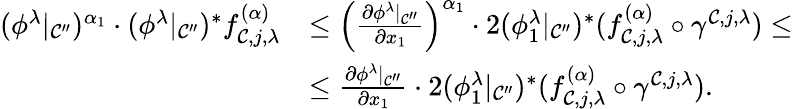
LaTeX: \begin{array}{rl}{(\phi^{\lambda}|_{\mathcal{C}^{\prime\prime}})^{\alpha_{1}}\cdot(\phi^{\lambda}|_{\mathcal{C}^{\prime\prime}})^{*}f_{\mathcal{C},j,\lambda}^{(\alpha)}}&{\leq\left(\frac{\partial\phi^{\lambda}|_{\mathcal{C}^{\prime\prime}}}{\partial x_{1}}\right)^{\alpha_{1}}\cdot 2(\phi_{1}^{\lambda}|_{\mathcal{C}^{\prime\prime}})^{*}(f_{\mathcal{C},j,\lambda}^{(\alpha)}\circ\gamma^{\mathcal{C},j,\lambda})\leq}\\ &{\leq\frac{\partial\phi^{\lambda}|_{\mathcal{C}^{\prime\prime}}}{\partial x_{1}}\cdot 2(\phi_{1}^{\lambda}|_{\mathcal{C}^{\prime\prime}})^{*}(f_{\mathcal{C},j,\lambda}^{(\alpha)}\circ\gamma^{\mathcal{C},j,\lambda}).}\end{array}